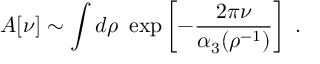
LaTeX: A [ \nu ] \sim \int d \rho ~ \exp \left[ - \frac { 2 \pi \nu } { \alpha _ { 3 } ( \rho ^ { - 1 } ) } \right] ~ .